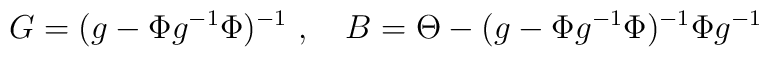
G=(g-\Phi g^{-1} \Phi)^{-1}\ ,\quad B=\Theta-(g-\Phi g^{-1} \Phi)^{-1}\Phi g^{-1}